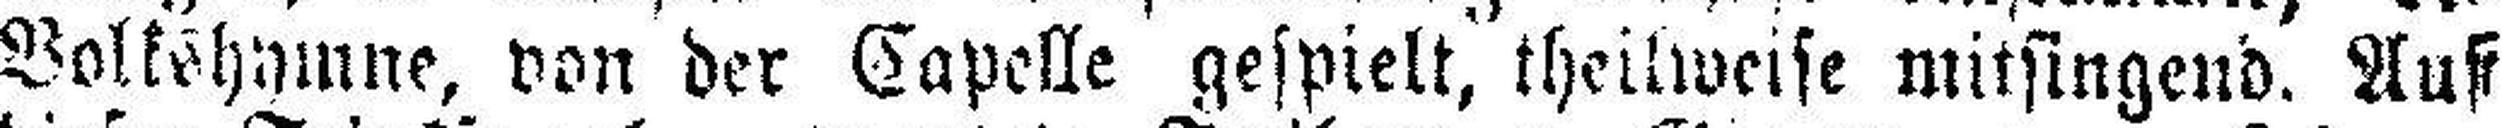
Volkshymne, von der Capelle gespielt, theilweise mitsingend. Auf